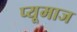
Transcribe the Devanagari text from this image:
प्यूमाज